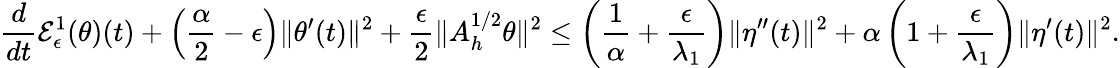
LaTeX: \frac{d}{dt}{\cal E}_{\epsilon}^{1}(\theta)(t)+\left(\frac{\alpha}{2}-\epsilon\right)\| \theta^{\prime}(t)\| ^{2}+\frac{\epsilon}{2}\| A_{h}^{1/2}\theta\| ^{2}\leq\left(\frac{1}{\alpha}+\frac{\epsilon}{\lambda_{1}}\right)\| \eta^{\prime\prime}(t)\| ^{2}+\alpha\left(1+\frac{\epsilon}{\lambda_{1}}\right)\| \eta^{\prime}(t)\| ^{2}.